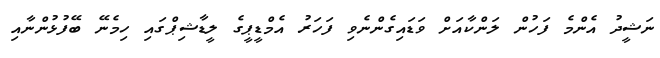
ނަޝީދު އެންމެ ފަހުން ލަންކާއަށް ވަޑައިގެންނެވި ފަހަރު އެމްޑީޕީގެ ލީޑާޝިޕްގައި ހިމެނޭ ބޭފުޅުންނާއި